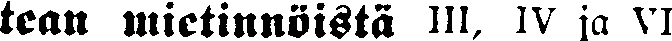
tean mietinnöistä III, IV ja VI